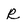
Character: R